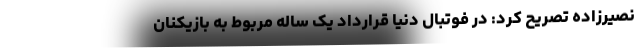
نصیرزاده تصریح کرد: در فوتبال دنیا قرارداد یک ساله مربوط به بازیکنان